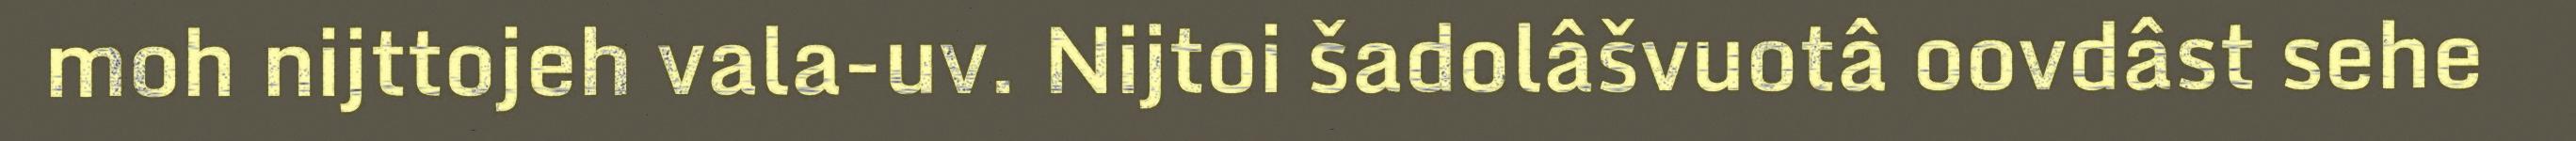
moh nijttojeh vala-uv. Nijtoi šadolâšvuotâ oovdâst sehe